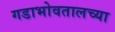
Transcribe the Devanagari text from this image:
गडाभोवतालच्या